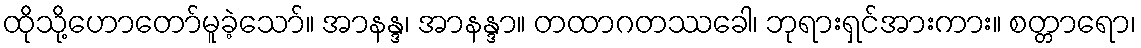
ထိုသို့ဟောတော်မူခဲ့သော်။ အာနန္ဒ၊ အာနန္ဒာ။ တထာဂတဿခေါ၊ ဘုရားရှင်အားကား။ စတ္တာရော၊